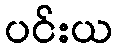
ပင်းယ